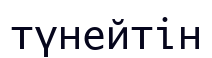
түнейтін